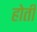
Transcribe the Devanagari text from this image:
होती